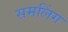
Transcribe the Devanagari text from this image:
समलिंग